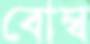
বোম্ব